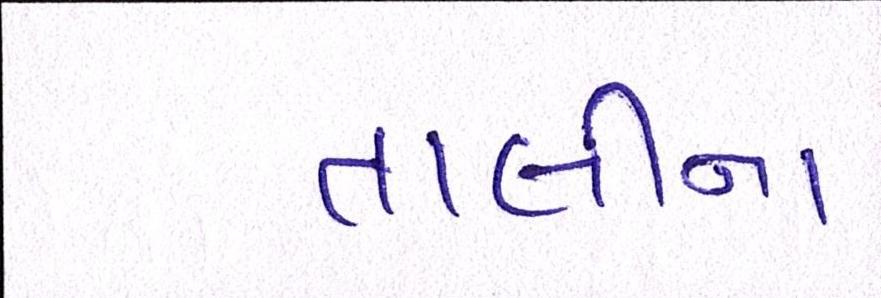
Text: તાલીના